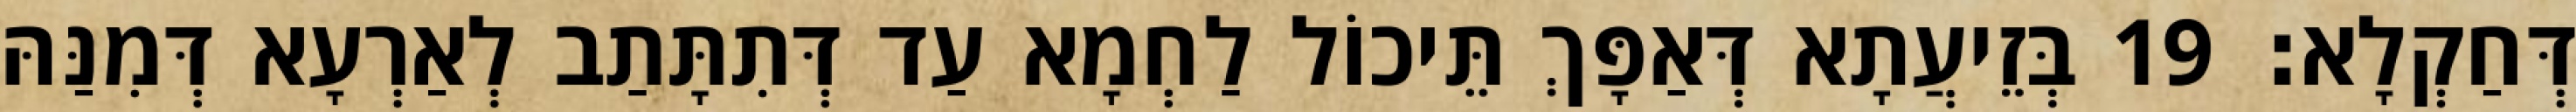
דְּחַקְלָא׃ 19 בְּזֵיעֲתָא דְּאַפָּךְ תֵּיכוֹל לַחְמָא עַד דְּתִתָּתַב לְאַרְעָא דְּמִנַּהּ